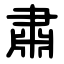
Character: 肅